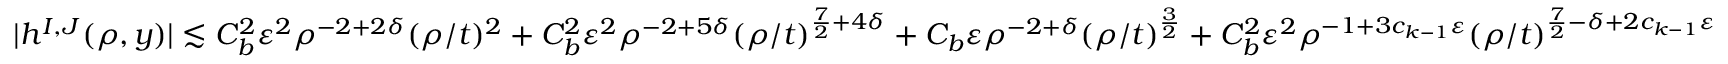
| h ^ { I , J } ( \rho , y ) | \lesssim C _ { b } ^ { 2 } \varepsilon ^ { 2 } \rho ^ { - 2 + 2 \delta } ( \rho / t ) ^ { 2 } + C _ { b } ^ { 2 } \varepsilon ^ { 2 } \rho ^ { - 2 + 5 \delta } ( \rho / t ) ^ { \frac 7 2 + 4 \delta } + C _ { b } \varepsilon \rho ^ { - 2 + \delta } ( \rho / t ) ^ { \frac 3 2 } + C _ { b } ^ { 2 } \varepsilon ^ { 2 } \rho ^ { - 1 + 3 c _ { k - 1 } \varepsilon } ( \rho / t ) ^ { \frac 7 2 - \delta + 2 c _ { k - 1 } \varepsilon }